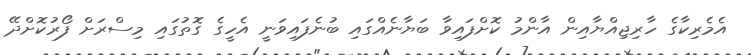
އެމެރިކާގެ ހާރިޖިއްޔާއިން އާންމު ކޮށްފައިވާ ބަޔާނެއްގައި ބުނެފައިވަނީ އެހީގެ ގޮތުގައި މިސްރަށް ފޯރުކޮށްދޭ